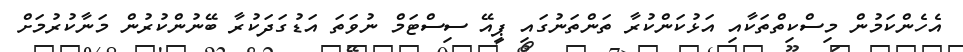
އެހެންކަމުން މިސްކިތްތަކާއި އަޅުކަންކުރާ ތަންތަނުގައި ޕީއޭ ސިސްޓަމް ނުވަތަ އަޑުގަދަކުރާ ބޭނުންކުރުން މަނާކުރުމަށް